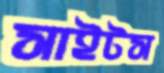
সাইটস